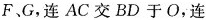
F.G，连AC交BD于O，连